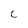
Character: C